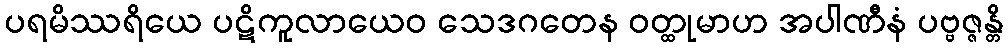
ပရမိဿရိယေ ပဋိကူလာယေဝ သေဒဂတေန ဝတ္ထုမာဟ အပါဏီနံ ပဗ္ဗဇ္ဇန္တိ